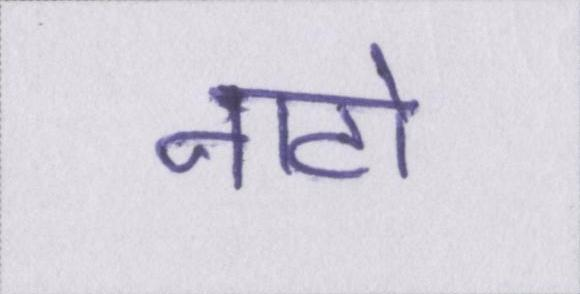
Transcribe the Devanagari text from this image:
नाटो